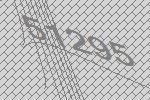
51295